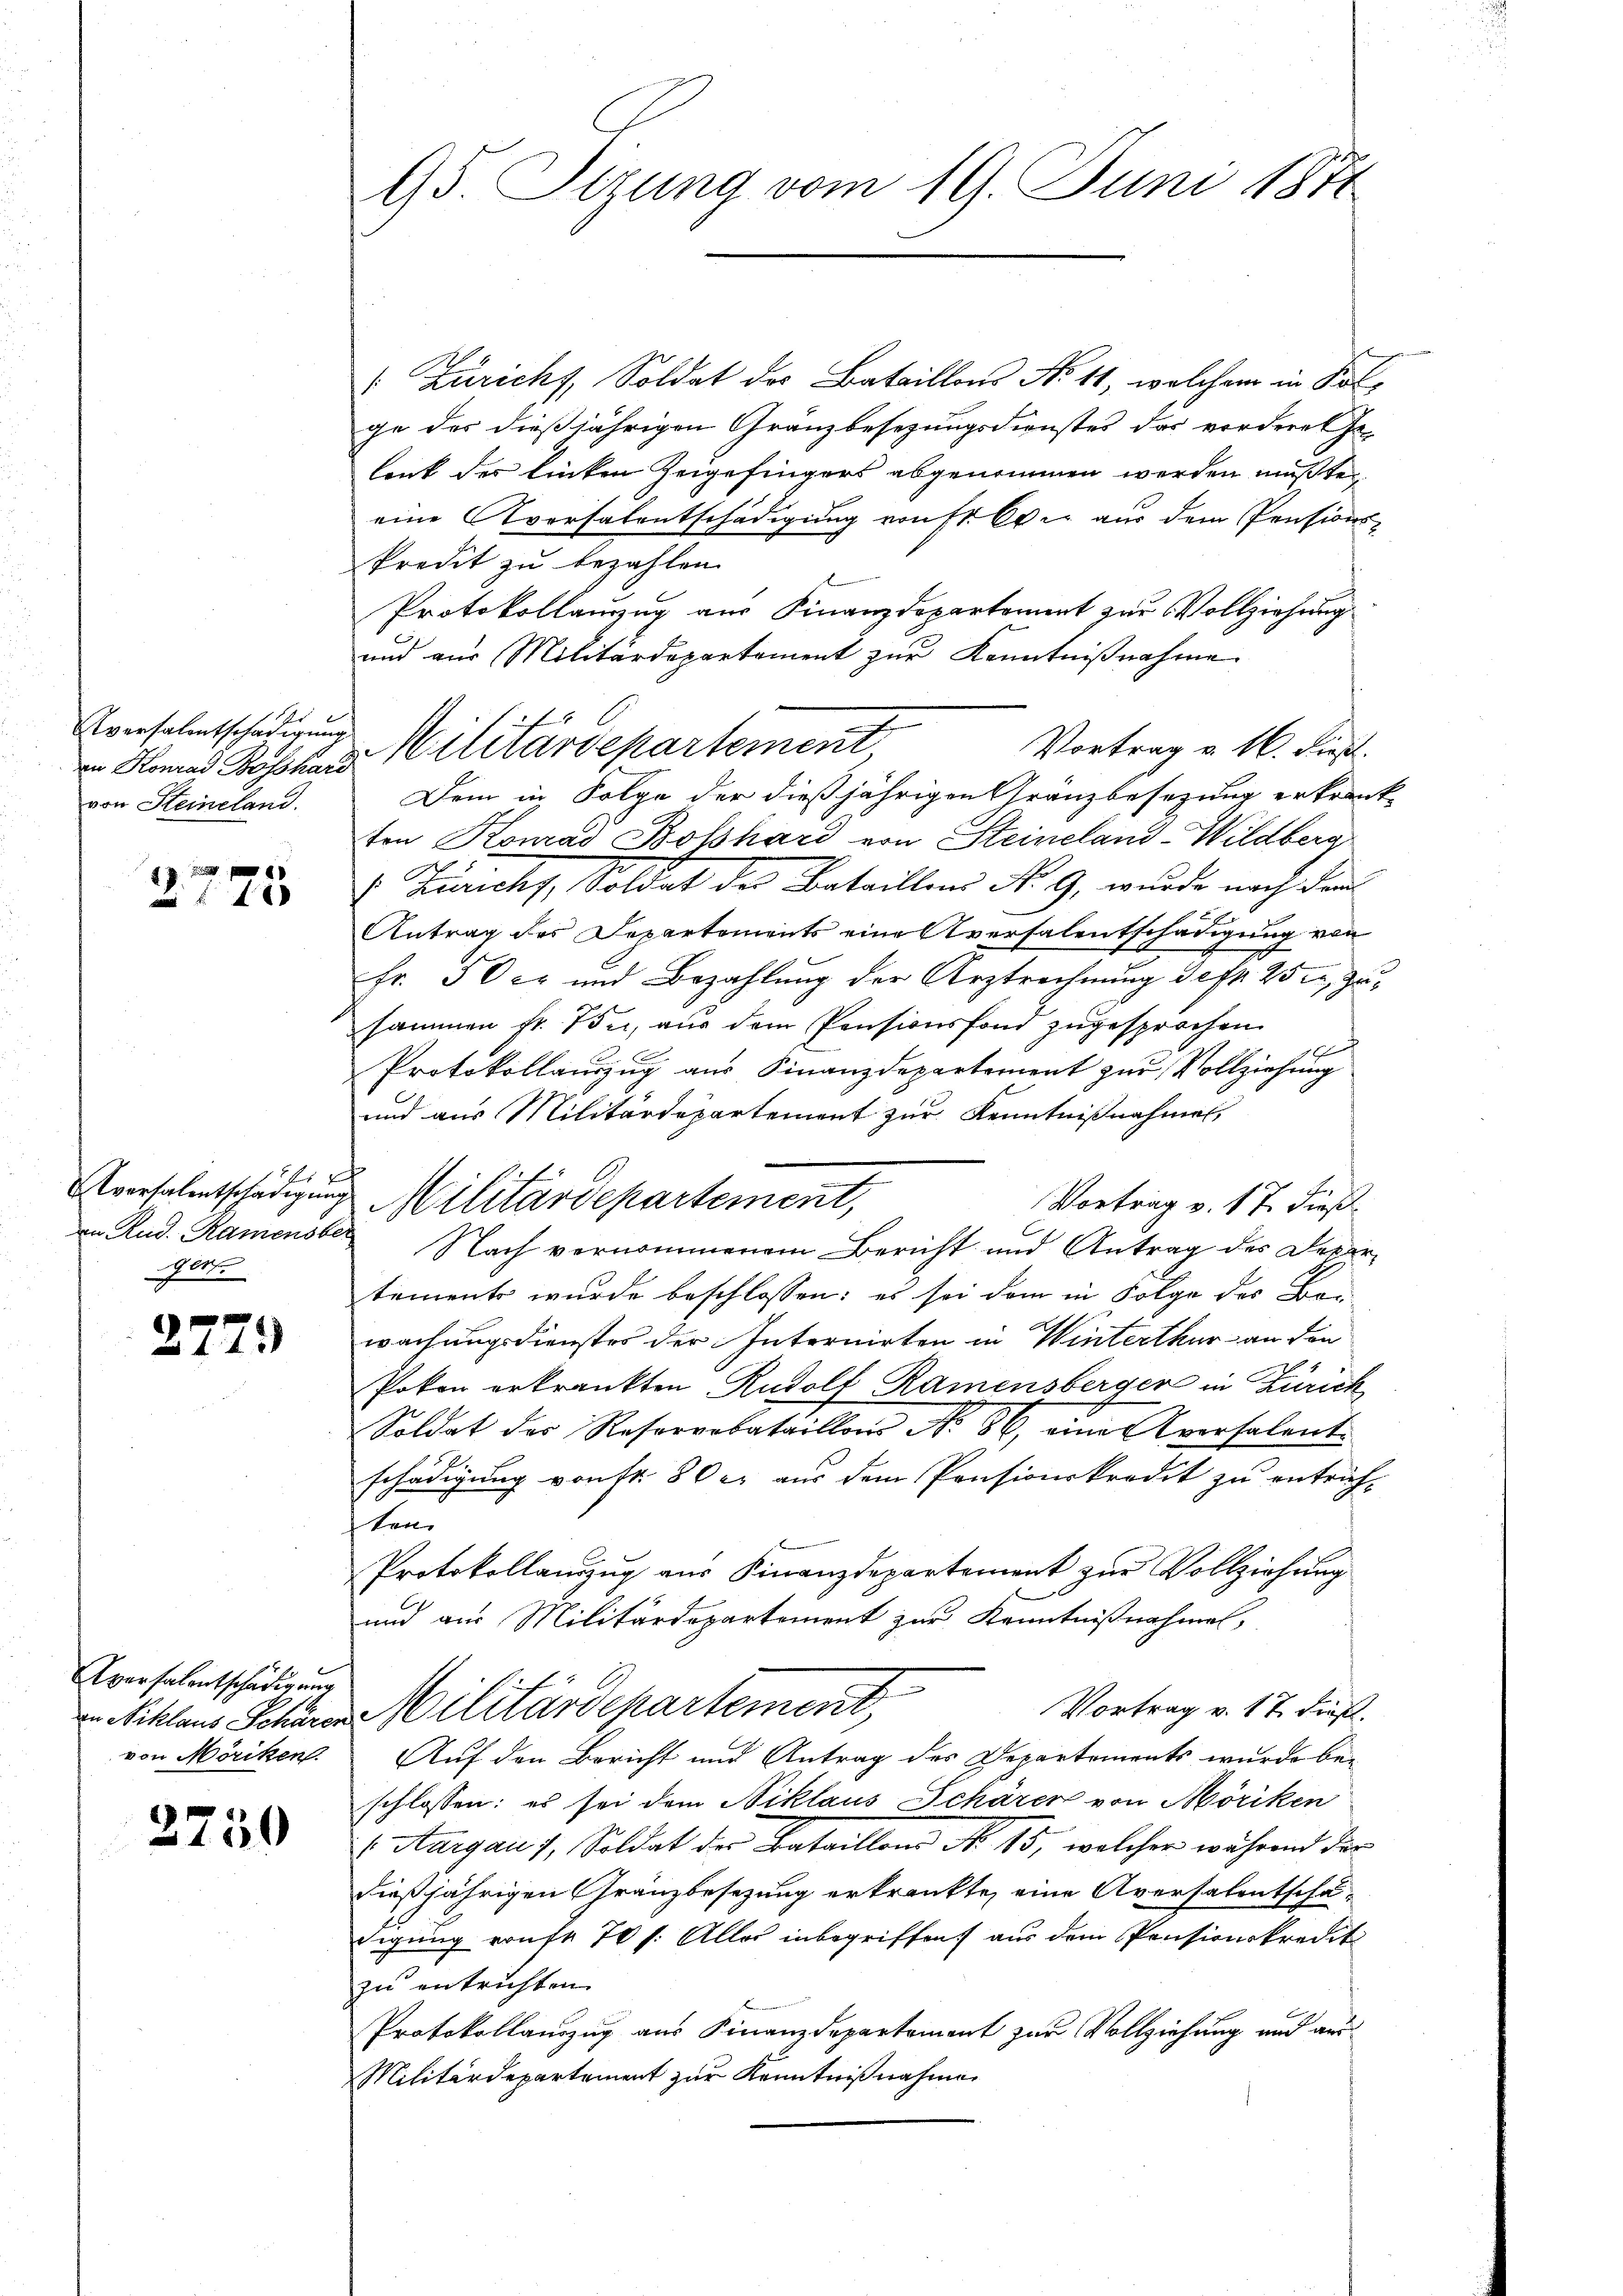
r
Aversalentschädigung
von Steineland.

7 F
175

x
Aversalentschädigung
101

277.

Aversalentschädigung
an Niklaus Schären
von Möriken.

2750

15. Stzung vom 19. Juni 1871

: Zürichs, Soldat des Bataillons No 11, welchem in Folge des dießjährigen Gränzbesezungsdienstes das vordere Ge-
lent der linken Zeigefingers abgenommen werden müßte,
eine Aversalentschädigung von fr. Wir aus dem Pensionskredit zu bezahlen.
Protokollauszug aus Finanzdepartement zur Vollziehung
und aus Militärdepartement zur Kenntnißnahme
Vortrag u. 16. dies
Dem in Folge der dießjährigen Gränzbesezung erkranke
ten Konrad Bosshard von Steineland-Wildberg
 Ziricht, Soldat der Bataillen No. 9, wurde nach den
Antrag des Departements eine Aversalentschädigung von
Fr. 50 cr und Bezahlung der Arztrechnung defl. 25, Zusammen fr. 75ci, aus dem Pensionsfond zugesprochen
h
1
Protokollauszug aus Finanzdepartement zur Vollziehung
und aus Militärdepartement zur Kenntnißnahmen,
Militärdepartement,
Vortrag v. 17. dieß
an Rud. Ramenste Nach vernommenem Bericht und Antrag des Depar-
tements wurde beschlossen: es sei dem in Folge des Beiwachungsdienstes der Internirten in Winterthur an den
Poken erkrankten Rudolf Ramensberger in Zürich
Soldat der Resorrobataillons No 86 eine Aversalent
schädigung von Nr. 80 er aus dem Pensionskredit zu entrichten.
Protokollauszug aus Finanzdepartement zur Vollziehung
und aus Militärdepartement zur Kenntnißnahmes
Militärdepartement,
Vortrag v. 17. dieß.
Auf den Bericht und Antrag des Departements wurde be-
schlossen: es sei dem Niklaus Schärer von Möriken
 Aargau 1, Soldat des Bataillons No. 15, welcher während der
dießjährigen Gränzbesezung erkränkte, eine Aversalentschädigung vonst 70 f. Alles inbegriffen, aus dem Pensionskredit
zu entrichten.
Protokollauszug aus Finanzdepartement zur Vollziehung und aus¬
Militärdepartement zur Kenntnißnahmen

in Konrad Bossaris Militärdepartement,